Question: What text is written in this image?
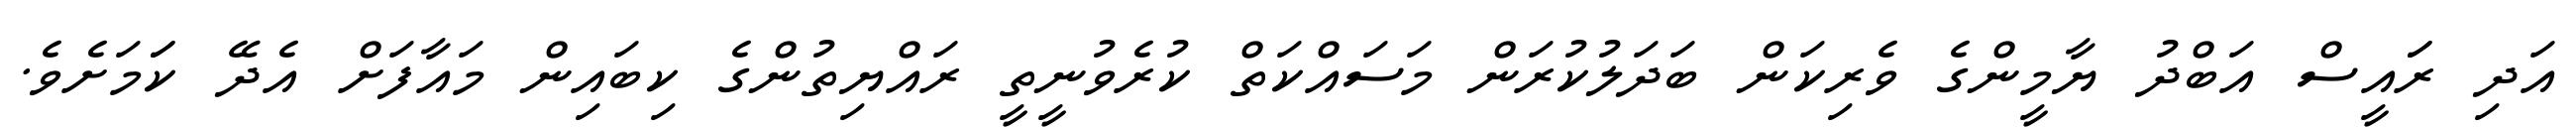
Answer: އަދި ރަައީސް އަބްދު ޔާމީންގެ ވެރިކަން ބަދަލުކުރަން މަސައްކަތް ކުރެވުނީތީ ރައްޔިތުންގެ ކިބައިން މައާފަށް އެދޭ ކަަމަށެވެ.